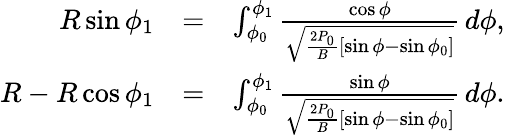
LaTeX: \begin{array}{rlr}{R\sin\phi_{1}}&{=}&{\int_{\phi_{0}}^{\phi_{1}}\frac{\cos\phi}{\sqrt{\frac{2P_{0}}{B}[\sin\phi-\sin\phi_{0}]}}\, d\phi,}\\ {R-R\cos\phi_{1}}&{=}&{\int_{\phi_{0}}^{\phi_{1}}\frac{\sin\phi}{\sqrt{\frac{2P_{0}}{B}[\sin\phi-\sin\phi_{0}]}}\, d\phi.}\end{array}